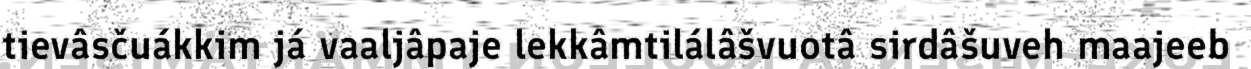
tievâsčuákkim já vaaljâpaje lekkâmtilálâšvuotâ sirdâšuveh maajeeb